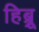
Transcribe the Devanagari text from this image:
हिब्र्रू